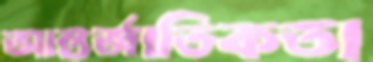
আন্তর্জাতিকতা